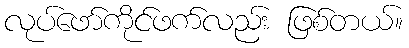
လုပ်ဖော်ကိုင်ဖက်လည်း ဖြစ်တယ်။